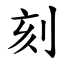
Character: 刻